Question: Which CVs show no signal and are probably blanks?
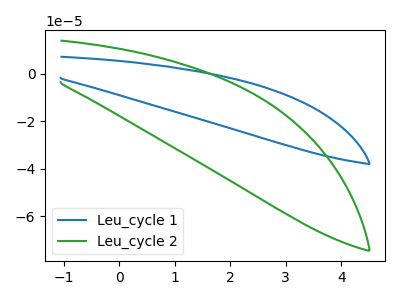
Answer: <think>The blue curve "Leu_cycle 1" has no peaks. The green curve "Leu_cycle 2" has no peaks.</think>
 <answer>"Leu_cycle 1" and "Leu_cycle 2" are likely to be blanks.</answer>
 <eval>"Leu_cycle 1", "Leu_cycle 2"</eval>